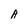
Character: A